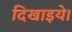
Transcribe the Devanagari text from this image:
दिखाइये।